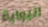
البوابة